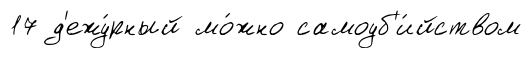
17 д'ежу́рный мо́жно самоуб'и́йством